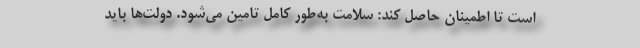
است تا اطمینان حاصل کند: سلامت به‌طور کامل تامین می‌شود. دولت‌ها باید